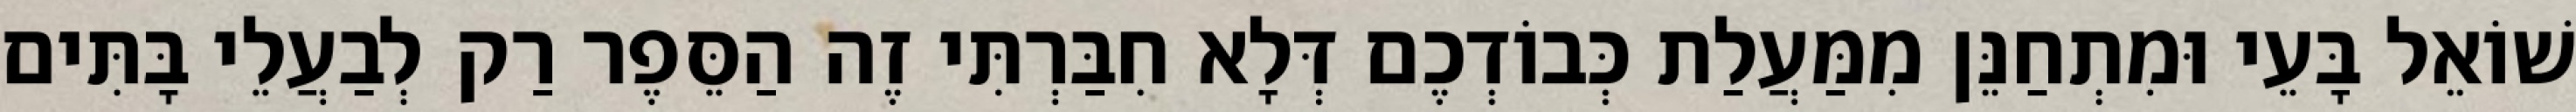
שׁוֹאֵל בָּעֵי וּמִתְחַנֵּן מִמַּעֲלַת כְּבוֹדְכֶם דְּלָא חִבַּרְתִּי זֶה הַסֵּפֶר רַק לְבַעֲלֵי בָּתִּים